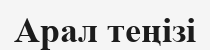
Арал теңізі